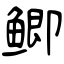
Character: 鲫